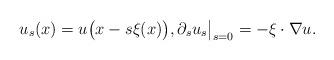
LaTeX: \begin{align*}u_s(x) = u\big(x - s\xi(x)\big), \partial_s u_s\big|_{s=0} = -\xi \cdot \nabla u. \end{align*}